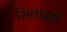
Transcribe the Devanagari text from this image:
सितादर्ष